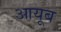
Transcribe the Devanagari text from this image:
आयूब